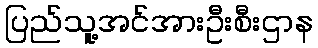
ပြည်သူ့အင်အားဦးစီးဌာန